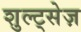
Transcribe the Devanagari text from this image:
शुल्ट्सेज़